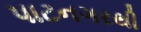
પાટનગરથી